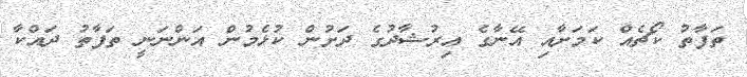
ތަފާތު ކޯޗެއް ކަމަށާއި އޭނާގެ އިރުޝާދުގެ ދަށުން ކުޅެމުން އަންނަނީ ތަފާތު ދައްކާ